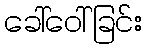
ခေါ်ဝေါ်ခြင်း